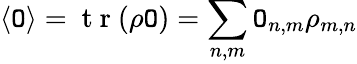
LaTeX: \langle\mathtt{O}\rangle=\mathrm{{~t~r~}}(\rho\mathtt{O})=\sum_{n,m}\mathtt{O}_{n,m}\rho_{m,n}